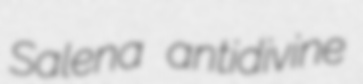
Salena antidivine